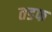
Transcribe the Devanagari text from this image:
तडफ